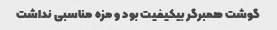
گوشت همبرگر بیکیفیت بود و مزه مناسبی نداشت